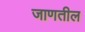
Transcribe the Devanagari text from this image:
जाणतील